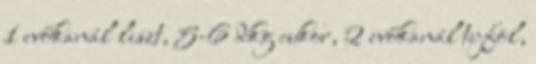
1 evőkanál liszt, 5-6 dkg cukor, 2 evőkanál tejföl,